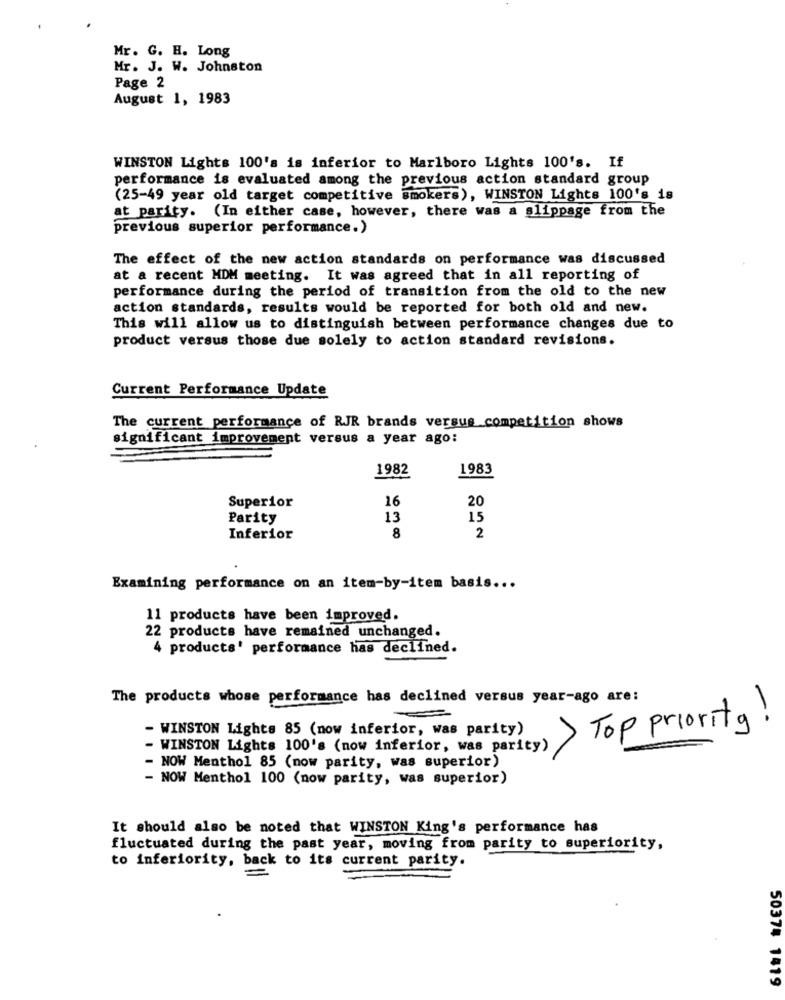
Mr. G. H. Long
Mr. J. W. Johnston
Page 2
August 1, 1983
WINSTON Lights 100's is inferior to Marlboro Lights 100's. If
performance is evaluated among the previous action standard group
(25-49 year old target competitive smokers), WINSTON Lights 100's is
at parity. (In either case, however, there was a slippage from the
previous superior performance.)
The effect of the new action standards on performance was discussed
at a recent MDM meeting. It was agreed that in all reporting of
performance during the period of transition from the old to the new
action standards, results would be reported for both old and new.
This will allow us to distinguish between performance changes due to
product versus those due solely to action standard revisions.
Current Performance Update
The current performance of RJR brands versus competition shows
significant improvement versus a year ago:
1982
1983
Superior
16
20
Parity
13
15
2
Inferior
8
Examining performance on an item-by-item basis ...
11 products have been improved.
22 products have remained unchanged.
4 products' performance has declined.
The products whose performance has declined versus year-ago are:
- WINSTON Lights 85 (now inferior, was parity)
> Top priority!
WINSTON Lights 100's (now inferior, was parity)
- NOW Menthol 85 (now parity, was superior)
- NOW Menthol 100 (now parity, was superior)
It should also be noted that WINSTON King's performance has
fluctuated during the past year, moving from parity to superiority,
to inferiority, back to its current parity.
50374 1419